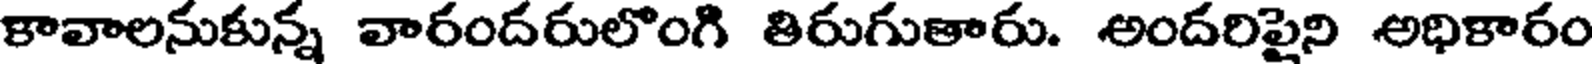
కావాలనుకున్న వారందరులొంగి తిరుగుతారు. అందరిపైని అధికారం